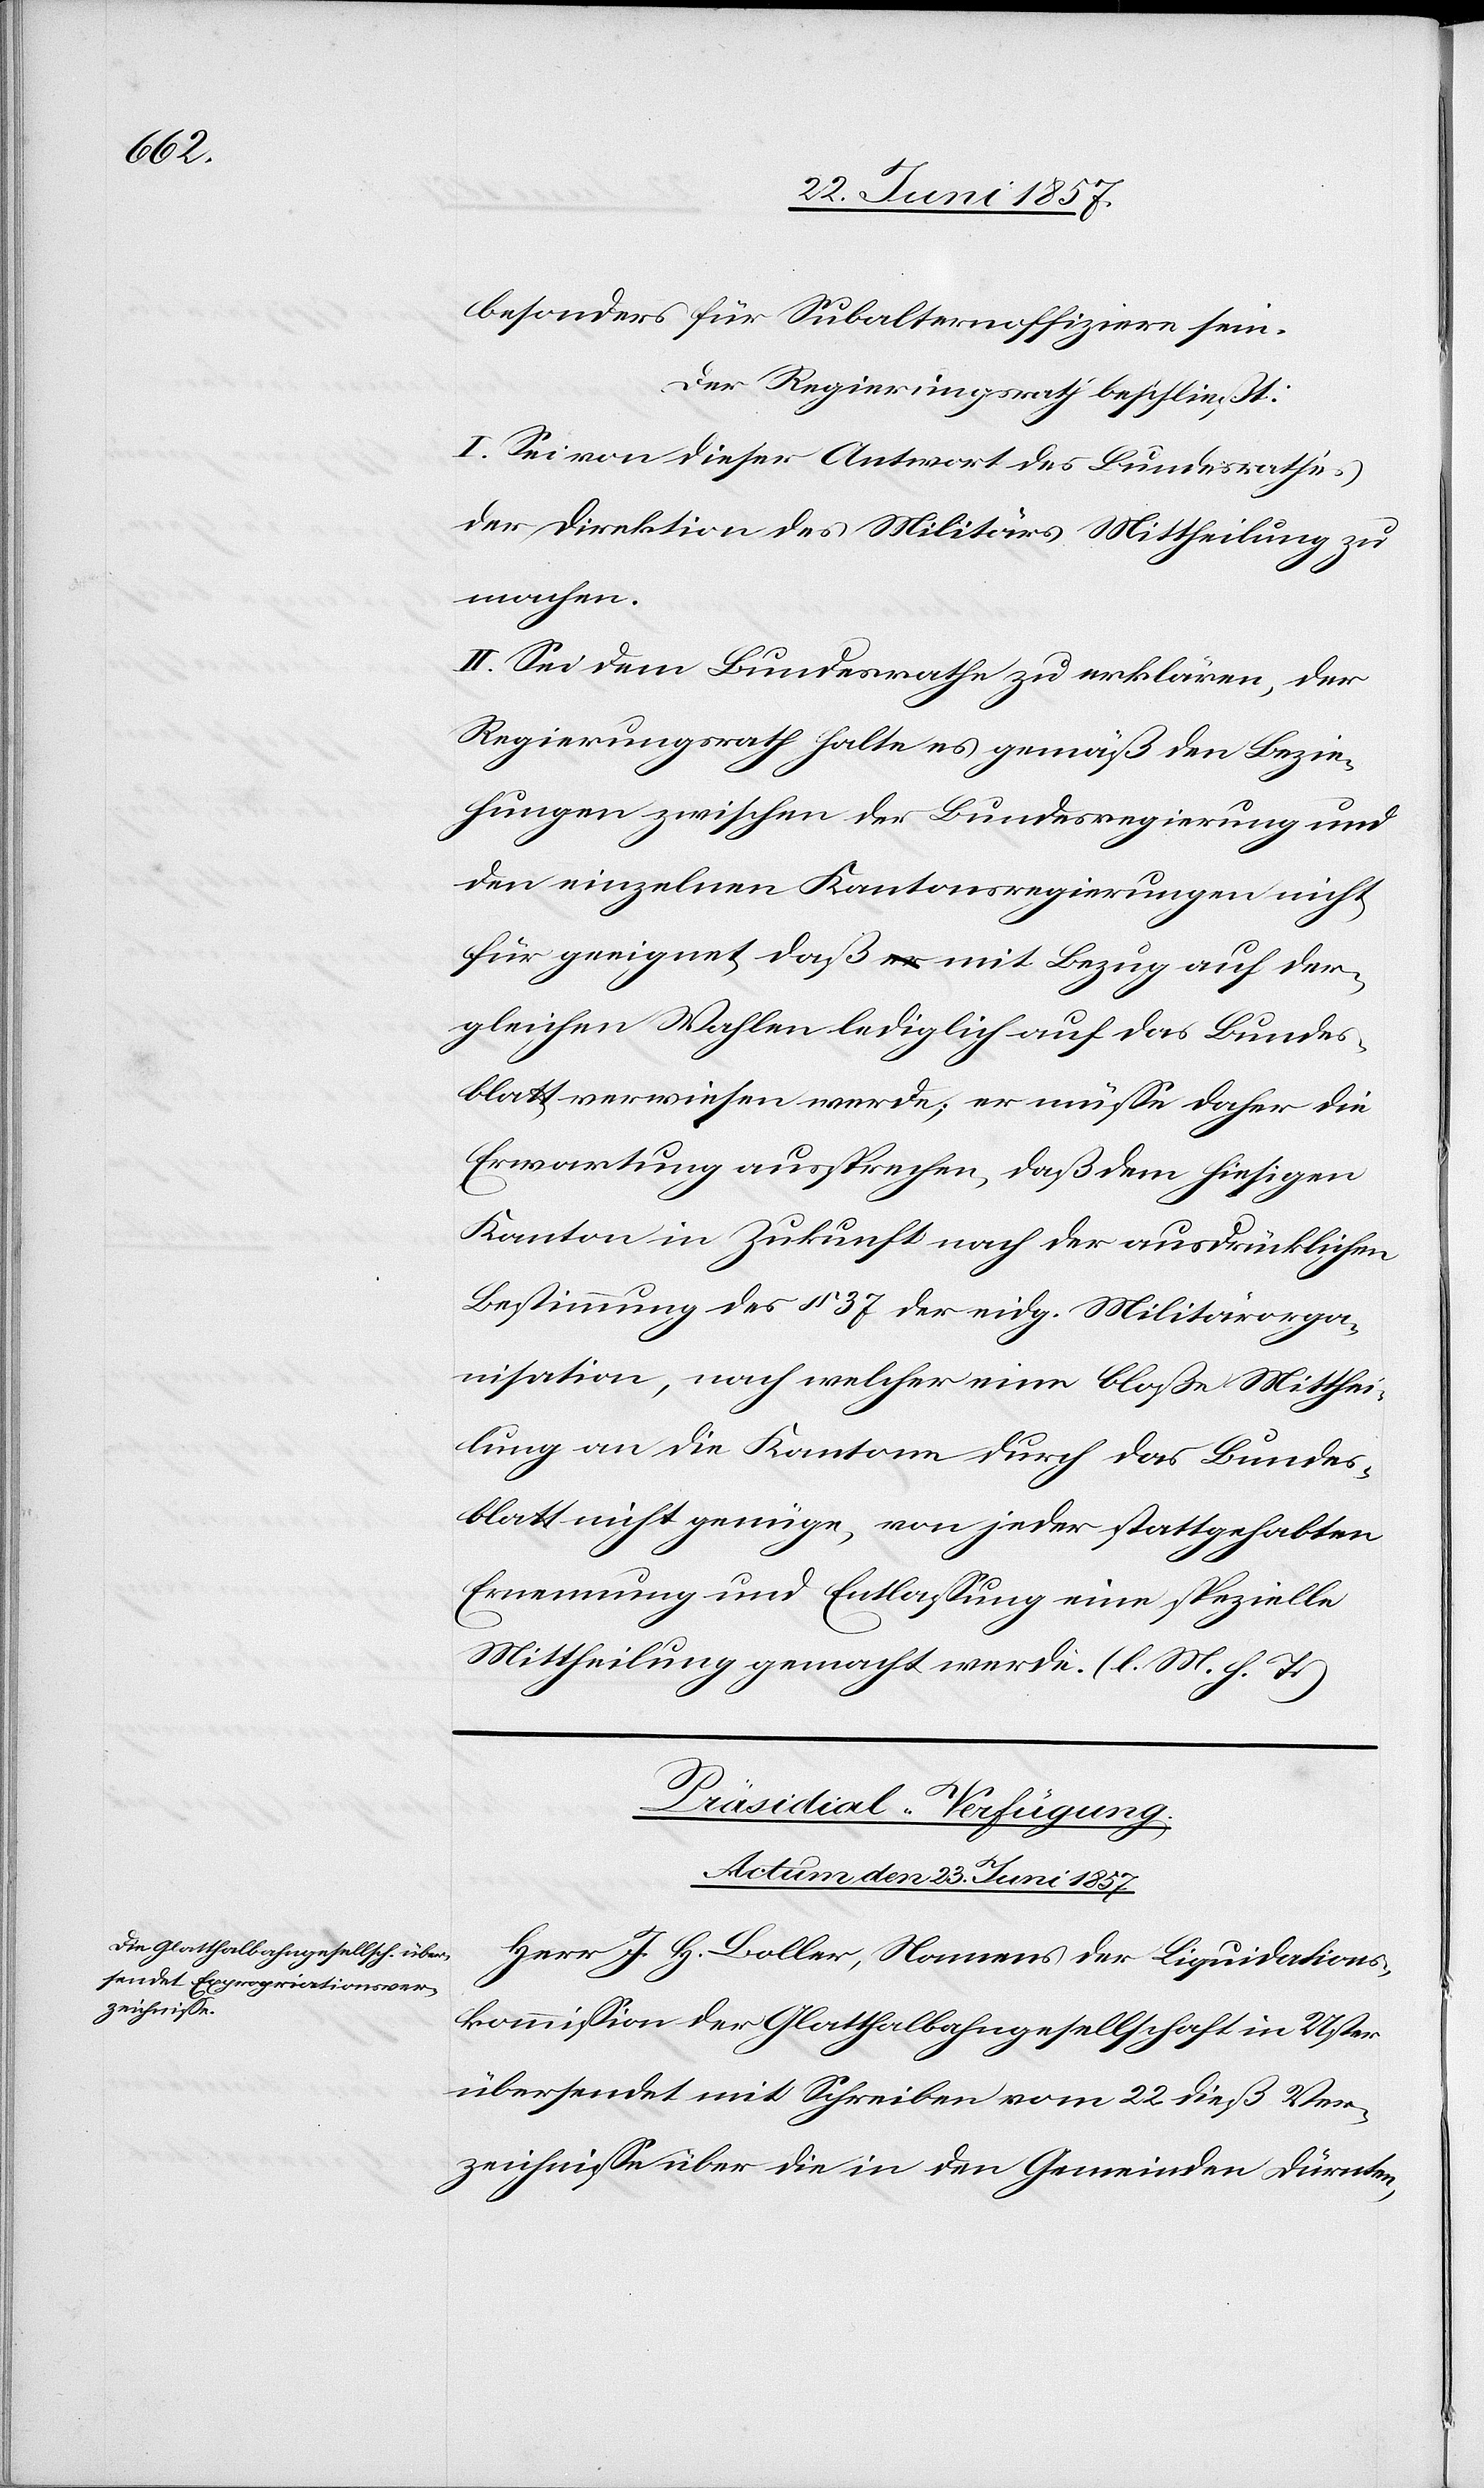
besonders für Subalternoffiziere sein.
Der Regierungsrath beschließt:
I. Sei von dieser Antwort des Bundesrathes
der Direktion des Militärs Mittheilung zu
machen.
II. Sei dem Bundesrathe zu erklären, der
Regierungsrath halte es gemäß den Bezie¬
hungen zwischen der Bundesregierung und
den einzelnen Kantonsregierungen nicht
für geeignet daß mit Bezug auf der¬
gleichen Wahlen lediglich auf das Bundes¬
blatt verwiesen werde, er müsse daher die
Erwartung aussprechen, daß dem hiesigen
Kanton in Zukunft nach der ausdrücklichen
Bestimmung des § 37 der eidg. Militärorga¬
nisation, nach welcher eine bloße Mitthei¬
lung an die Kantone durch das Bundes¬
blatt nicht genüge, von jeder stattgehabten
Ernennung und Entlassung eine spezielle
Mittheilung gemacht werde. [l. M. h. T]
Präsidial-Verfügungen.
Actum den 23 Juni 1857.
Herr J. H. Boller, Namens der Liquidations¬
kommission der Glattbahngesellschaft in Uster
übersendet mit Schreiben vom 22 dieß Ver¬
zeichnisse über die in den Gemeinden Dürnten,